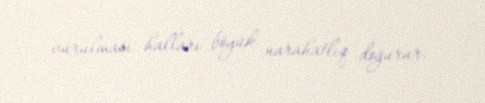
vurulması halları böyük narahatlıq doğurur.